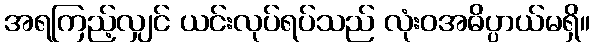
အရကြည့်လျှင် ယင်းလုပ်ရပ်သည် လုံးဝအဓိပ္ပာယ်မရှိ။